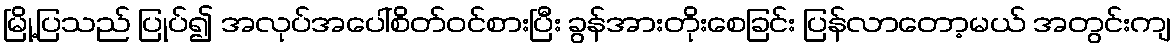
မြို့ပြသည် ပြုပ်၍ အလုပ်အပေါ်စိတ်ဝင်စားပြီး ခွန်အားတိုးစေခြင်း ပြန်လာတော့မယ် အတွင်းကျ